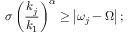
\sigma \left( \frac { k _ { j } } { k _ { 1 } } \right) ^ { \alpha } \geq \left| \omega _ { j } - \Omega \right| ;